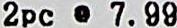
2PC @ 7.99